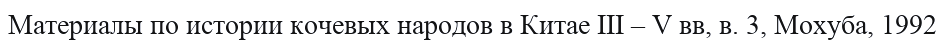
Материалы по истории кочевых народов в Китае ІІІ – V вв, в. 3, Мохуба, 1992